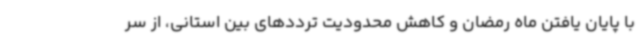
با پایان یافتن ماه رمضان و کاهش محدودیت ترددهای بین استانی، از سر